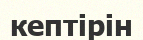
кептірін